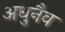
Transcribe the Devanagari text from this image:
अधुनैव